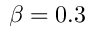
\beta = 0 . 3